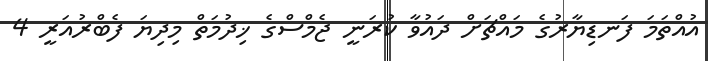
އުއްތަމަ ފަނޑިޔާރުގެ މައްޗަށް ދައުވާ ކުރަނީ ޖެމްސްގެ ޚިދުމަތް މިދިޔަ ފެބްރުއަރީ 4